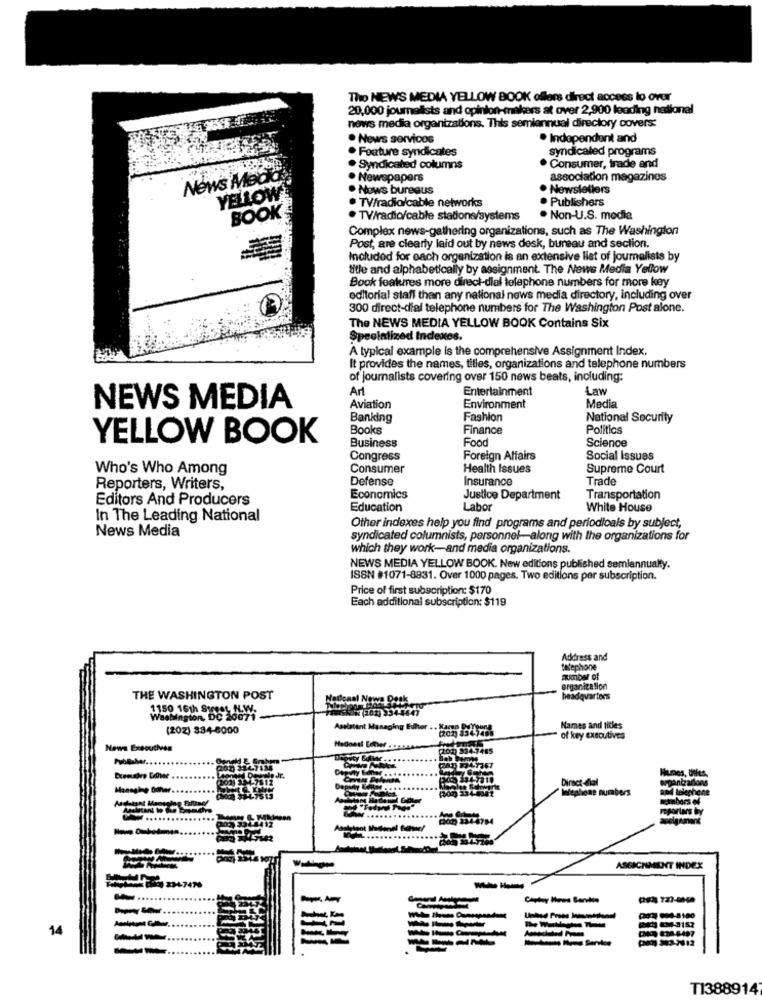
Tho NEWS MEDIA YELLOW BOOK oflors direct access to over
20,000 journalists and opinion-makers at over 2,900 leading national
nows media organizations. This semiannual directory covers:
. News servicos
. Independent and
Feature syndicates
syndicated programs
. Syndicated columns
. Consumer, trade and
News Meck
. Newspapers
association magazines
Nows bureaus
. Newsletters
YELLOW
. Publishers
· TV/radio/cable networks
BOOK
. TV/radio/cable stations/systems
. Non-U.S. media
Complex news-gathering organizations, such as The Washington
Post, are clearly laid out by news desk, bureau and section.
Included for each organization is an extensive list of journalists by
title and alphabetically by assignment. The News Media Yellow
Book features more direct-dial telephone numbers for more key
editorial staff than any national news media directory, including over
300 direct-dial telephone numbers for The Washington Post alone.
The NEWS MEDIA YELLOW BOOK Contains Six
Specialized Indexes.
A typical example is the comprehensive Assignment Index.
It provides the names, titles, organizations and telephone numbers
of journalists covering over 150 news beats, including:
Art
Entertainment
Law
NEWS MEDIA
Aviation
Environment
Media
Banking
Fashion
National Security
Books
Finance
Politics
YELLOW BOOK
Business
Food
Science
Congress
Foreign Affairs
Social Issues
Who's Who Among
Consumer
Health Issues
Supreme Court
Defense
Insurance
Trade
Reporters, Writers,
Editors And Producers
Economics
Justice Department
Transportation
Education
Labor
White House
In The Leading National
News Media
Other indexes help you find programs and periodicals by subject,
syndicated columnists, personnel-along with the organizations for
which they work-and media organizations.
NEWS MEDIA YELLOW BOOK. New editions published semiannualy.
ISSN #1071-8831. Over 1000 pages. Two editions per subscription.
Price of first subscription: $170
Each additional subscription: $119
Address and
telephone
organization
THE WASHINGTON POST
headquarters
Washington, DC Gay
201) 3344
(202) 334-8000
Aselatant Managing Euler ·· Kamp 2-23-8
Names and titles
of key executives
News Executives
200 834-7485
03 324-7134
Direct-dial
Managing Other ..
Dopady Editor ..
(300 234-604
Infephone numbers
₩ .....
ASSIGNMENT INDEX
--
-......
....
14
--
----
---
T13889147